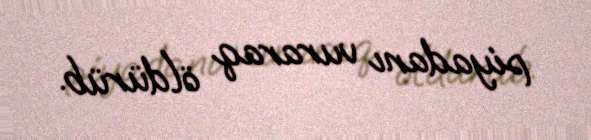
piyadanı vuraraq öldürüb.